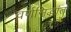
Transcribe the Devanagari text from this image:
वर्णसिद्धांत